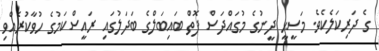
ގެ ދަރިކަލެކެވެ. މަސީޙީ ދީނުގެ މުގައްދަސް ފޮތް ބައިބަލްގެ ބަދަލުގައި ރައީސްކަމުގެ ހުވާކުރެއްވި